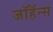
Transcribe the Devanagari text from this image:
जॉहॅन्स